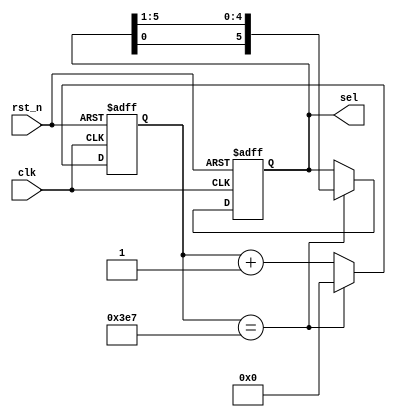
module sel_driver(
    input wire clk,
	 input wire rst_n,
	 
	 
	 output reg [5:0]sel
);
parameter max_num=10'd999;
reg[9:0] cnt;
always@(posedge clk or negedge rst_n)begin
    if(!rst_n)begin
	   cnt<=10'd0;
	 end
	 else if(cnt==max_num)begin
	   cnt<=10'd0;
	 end
	 else begin
	   cnt<=cnt +1'd1;
		end
end
//
always@(posedge clk or negedge rst_n)begin
  if(!rst_n)begin
  sel<=6'b011111;
 end
 else if(cnt==max_num)begin
   sel<={sel[0],sel[5:1]};
	end
  else begin
    sel<=sel;
	end
end
endmodule